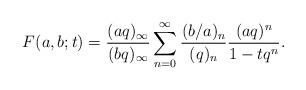
LaTeX: \begin{align*}F(a,b;t)=\frac{(aq)_{\infty}}{(bq)_{\infty}}\sum_{n=0}^{\infty}\frac{(b/a)_n}{(q)_n}\frac{(aq)^n}{1-tq^n}.\end{align*}